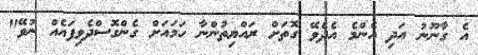
އެ ގާނޫނު އަދި އެންމެ އެދެވޭ ގޮތަށް ރައްޔިތުންނާ ހަމައަށް ގެންގޮސްދެވިފައެއް ނުވޭ"